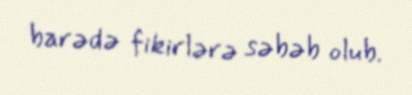
barədə fikirlərə səbəb olub.